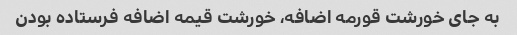
به جای خورشت قورمه اضافه، خورشت قیمه اضافه فرستاده بودن